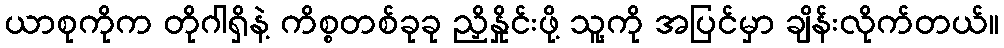
ယာစုကိုက တိုဂါရှိနဲ့ ကိစ္စတစ်ခုခု ညှိနှိုင်းဖို့ သူ့ကို အပြင်မှာ ချိန်းလိုက်တယ်။